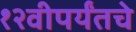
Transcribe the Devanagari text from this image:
१२वीपर्यंतचे